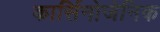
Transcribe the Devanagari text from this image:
कार्सिनोजेनिक